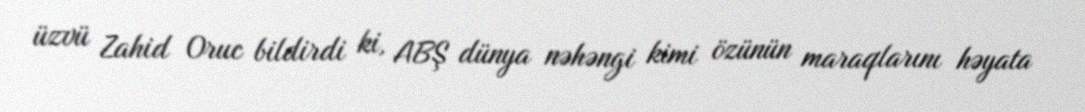
üzvü Zahid Oruc bildirdi ki, ABŞ dünya nəhəngi kimi özünün maraqlarını həyata